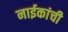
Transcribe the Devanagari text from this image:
नाईकांची